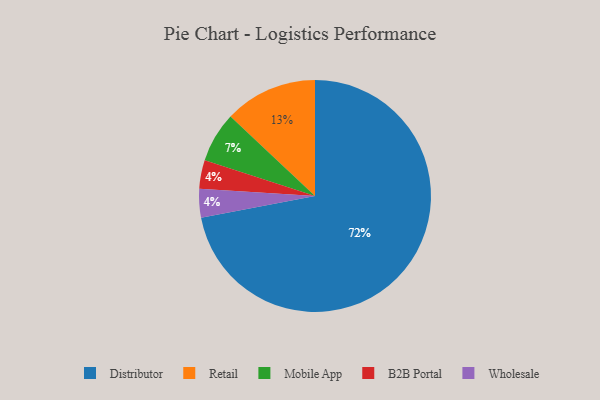
{"axis": {"x": "Category", "y": "Percentage"}, "legend": ["B2B Portal", "Distributor", "Mobile App", "Retail", "Wholesale"], "data": [{"x": "Mobile App", "y": 7, "type": "Mobile App"}, {"x": "B2B Portal", "y": 4, "type": "B2B Portal"}, {"x": "Wholesale", "y": 4, "type": "Wholesale"}, {"x": "Retail", "y": 13, "type": "Retail"}, {"x": "Distributor", "y": 72, "type": "Distributor"}]}